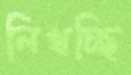
লিখচ্ছি